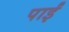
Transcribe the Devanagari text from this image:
पाईंं